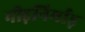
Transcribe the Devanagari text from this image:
नीड़निर्माड़